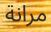
مرانة